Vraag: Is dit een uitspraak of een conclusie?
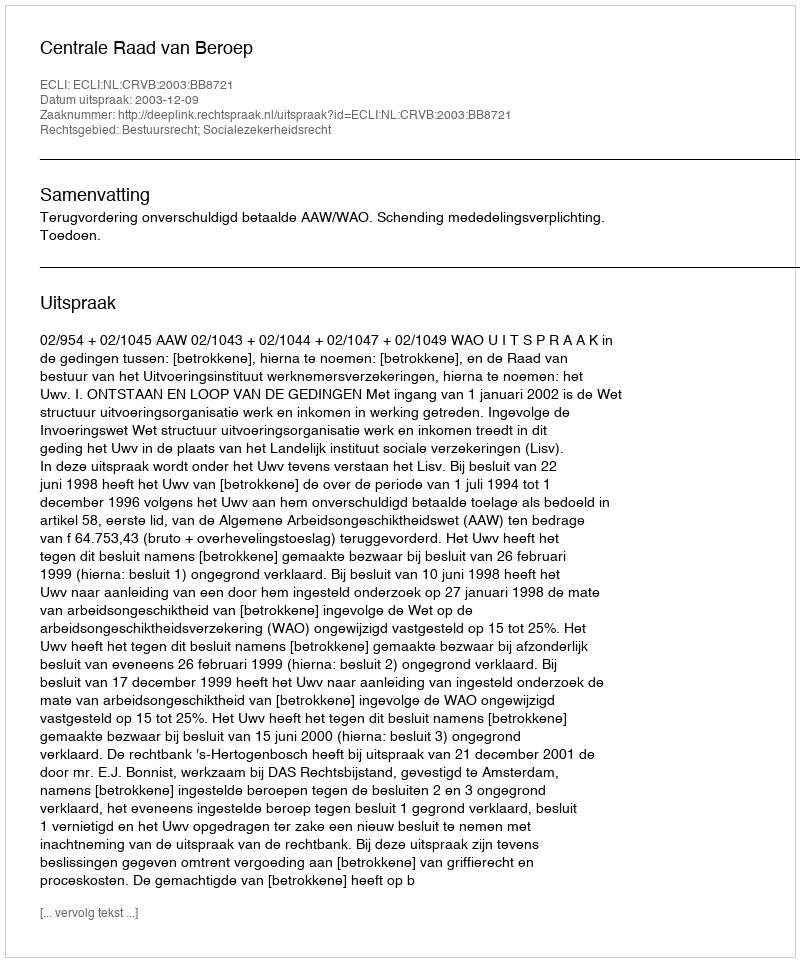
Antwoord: Uitspraak